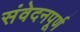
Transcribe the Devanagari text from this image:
संवेदनपूर्ण